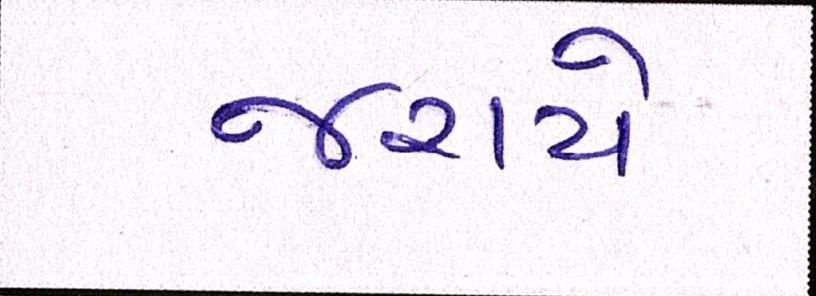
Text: જરાયે